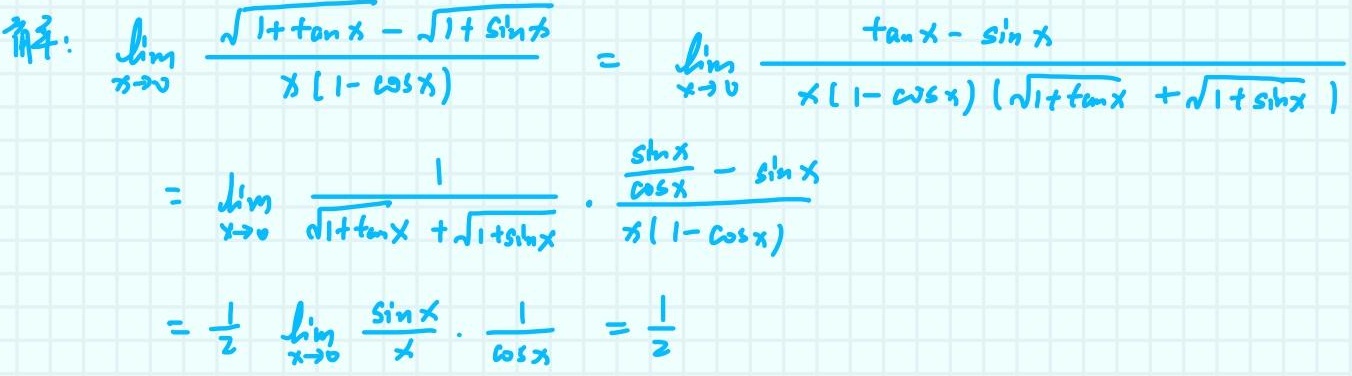
解：
\[
\begin{align*}
\lim_{x \to 0} \frac{\sqrt{1 + \tan x} - \sqrt{1 + \sin x}}{x(1 - \cos x)}&=\lim_{x \to 0} \frac{\tan x - \sin x}{x(1 - \cos x)(\sqrt{1 + \tan x} + \sqrt{1 + \sin x})}\\
&=\lim_{x \to 0} \frac{1}{\sqrt{1 + \tan x} + \sqrt{1 + \sin x}} \cdot \frac{\frac{\sin x}{\cos x} - \sin x}{x(1 - \cos x)}\\
&=\frac{1}{2} \lim_{x \to 0} \frac{\sin x}{x} \cdot \frac{1}{\cos x}\\
&=\frac{1}{2}
\end{align*}
\]